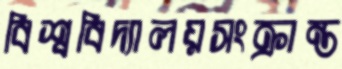
বিশ্ববিদ্যালয়সংক্রান্ত